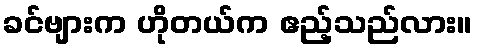
ခင်ဗျားက ဟိုတယ်က ဧည့်သည်လား။